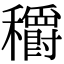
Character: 穱